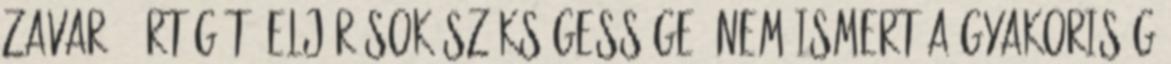
zavar - értágító eljárások szükségessége. Nem ismert a gyakoriság